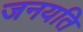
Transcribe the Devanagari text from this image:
जनयति